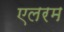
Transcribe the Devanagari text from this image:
एलरम